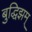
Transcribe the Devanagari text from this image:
बुद्धिझम्